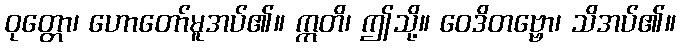
ဝုတ္တော၊ ဟောတော်မူအပ်၏။ ဣတိ၊ ဤသို့။ ဝေဒိတဗ္ဗော၊ သိအပ်၏။